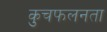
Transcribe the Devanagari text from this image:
कुचफलनता